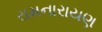
રામનારાયણ